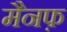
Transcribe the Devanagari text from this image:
मैनफ़